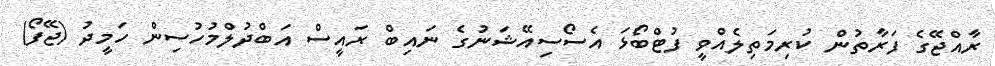
ރާއްޖޭގެ ފަރާތުން ކުރިމަތިލެއްވީ ފުޓްބޯޅަ އެސޯސިއޭޝަނުގެ ނައިބް ރައީސް އަބްދުލްމުހުސިން ހަމީދު (ޖޭފޯ)